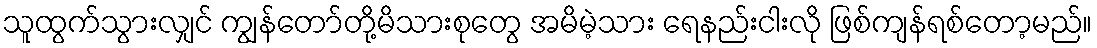
သူထွက်သွားလျှင် ကျွန်တော်တို့မိသားစုတွေ အမိမဲ့သား ရေနည်းငါးလို ဖြစ်ကျန်ရစ်တော့မည်။